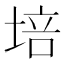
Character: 培